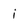
Character: i